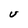
Character: U